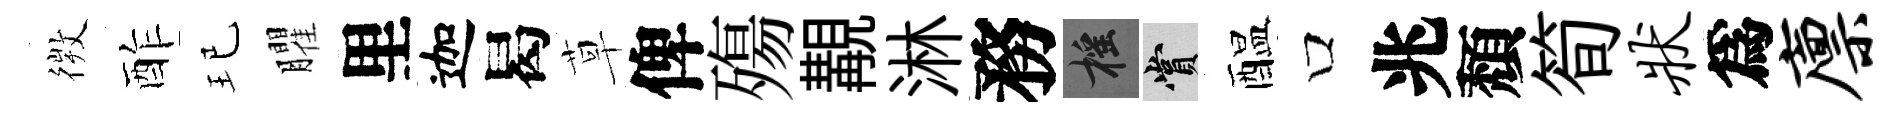
𢕄酢玘臞里迦曷草俾殤覯淋務摇賞醖口兆頽筍状爲廪